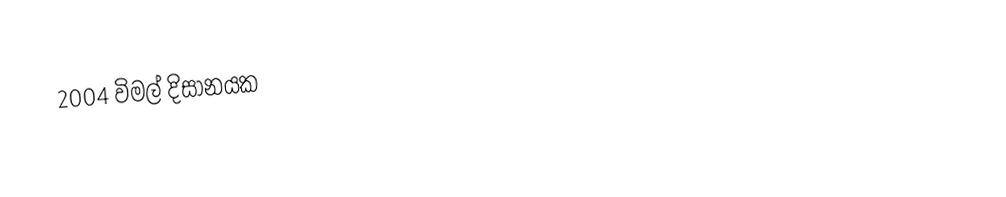
2004 විමල් දිසානයක